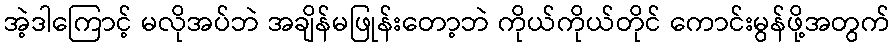
အဲ့ဒါကြောင့် မလိုအပ်ဘဲ အချိန်မဖြုန်းတော့ဘဲ ကိုယ်ကိုယ်တိုင် ကောင်းမွန်ဖို့အတွက်